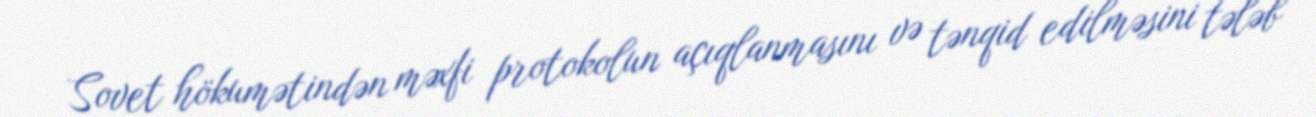
Sovet hökumətindən məxfi protokolun açıqlanmasını və tənqid edilməsini tələb